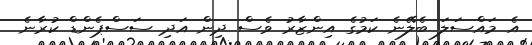
އެ މައްސަލަ ބެލޭނެ ކަމުގެ އިންޒާރު ވެސް ދިން އަދި ސަސްޕެންޑް ކުރާނެ